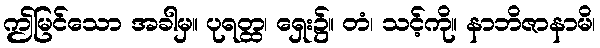
ဤမြင်သော အခါမှ။ ပုရတ္ထ၊ ရှေး၌။ တံ၊ သင့်ကို။ နာဘိဇာနာမိ၊